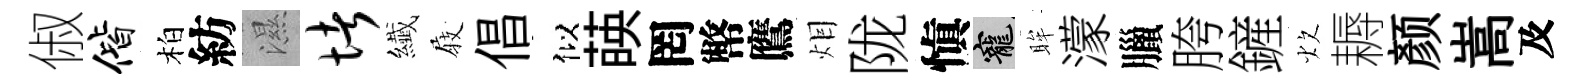
俶偕柏紡濕堵纎𡲆倡似𦴤罔幣鷹𤇆陇愼寵眸濛臘胯鏟炊耨颜嵩及